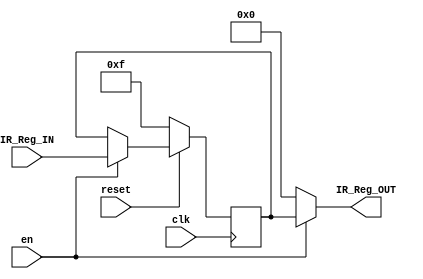
module FD_pipeline_register (IR_Reg_IN, IR_Reg_OUT, clk, reset,en);
input [15:0] IR_Reg_IN;
output [15:0] IR_Reg_OUT;
input clk;
input reset;
input en;

reg [15:0] FD_PIPELINE_REG;

// Asynchronous read
assign IR_Reg_OUT = (en)? FD_PIPELINE_REG:0;

always @(posedge clk)
    begin
        // Active low reset
        if (!reset)
            begin
                FD_PIPELINE_REG = 15;
            end
        // Synchronous write @ +ve edge
        else
            begin
                if(en)
                    FD_PIPELINE_REG = IR_Reg_IN;
                // else 
                //      FD_PIPELINE_REG = 0;   
            end
    end
endmodule